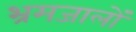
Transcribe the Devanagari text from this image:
भ्रमजालों